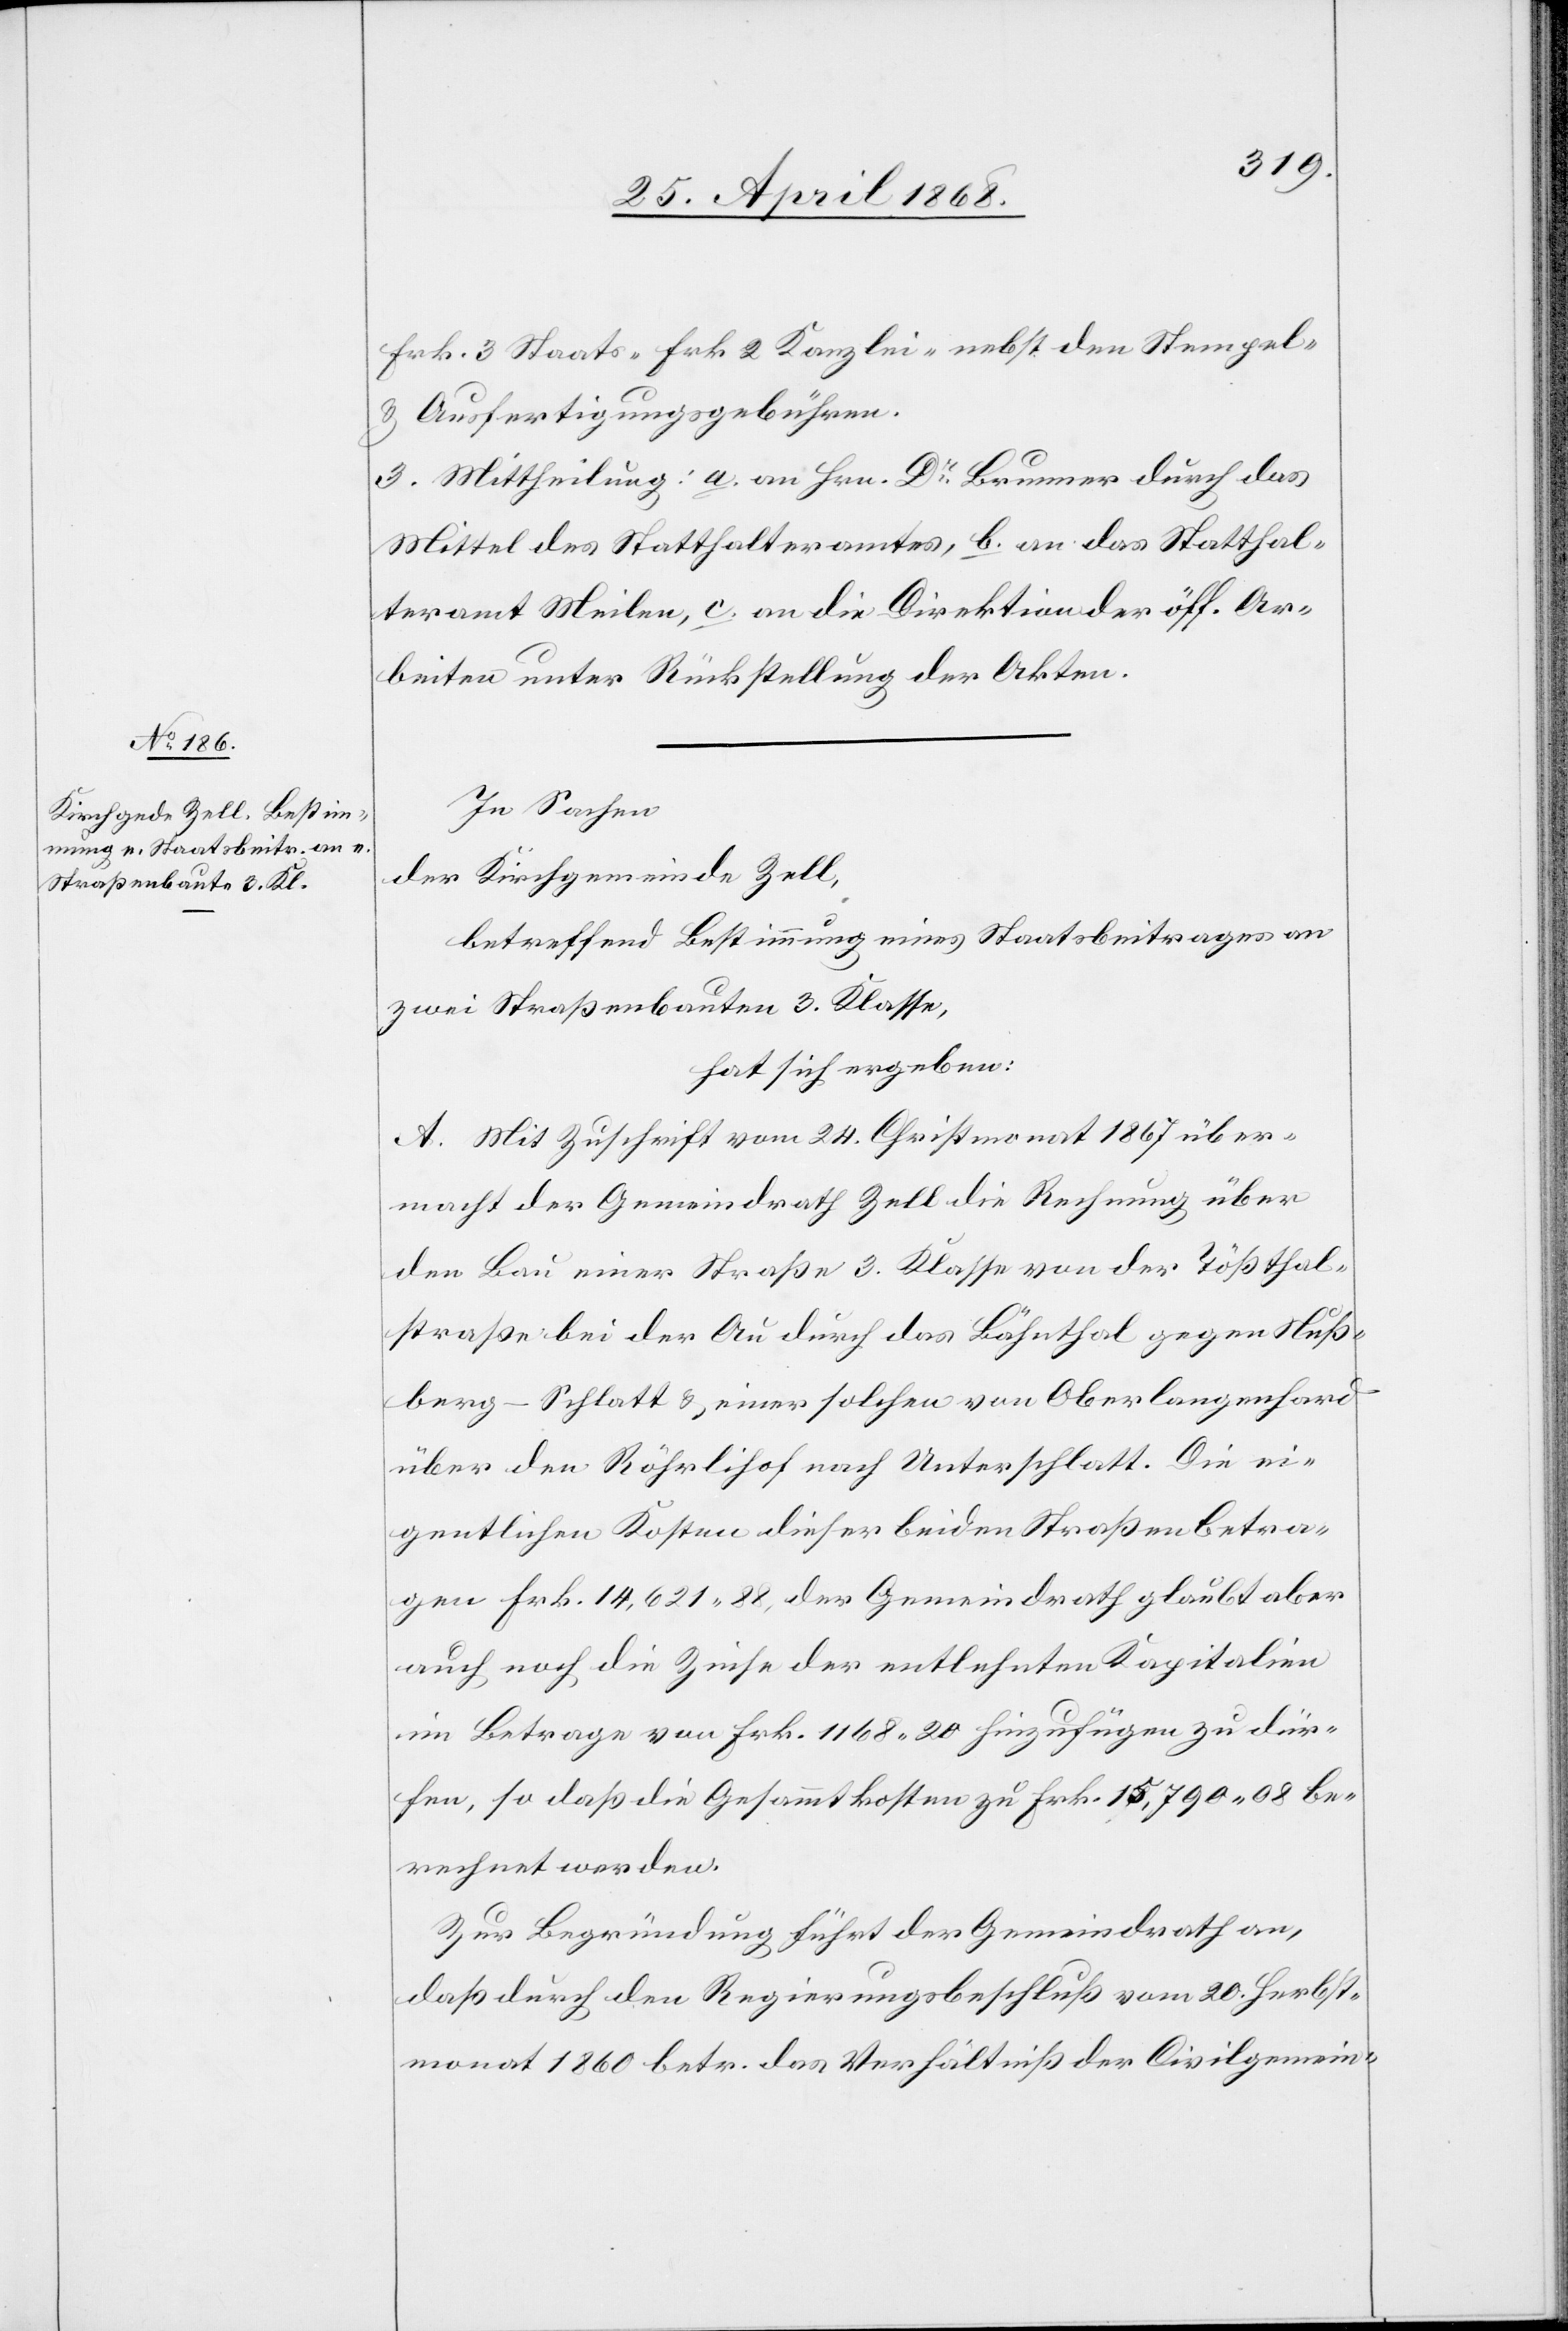
Frk. 3 Staats-[,] Frk 2 Kanzlei-[,] nebst den Stempel-
& Ausfertigungsgebühren.
3. Mittheilung: a. an Hrn. Dr. Brunner durch das
Mittel des Statthalteramtes, b. an das Statthal¬
teramt Meilen, c. an die Direktion der öff. Ar¬
beiten unter Rückstellung der Akten.
In Sachen
der Kirchgemeinde Zell,
betreffend Bestimmung eines Staatsbeitrages an
zwei Straßenbauten 3. Klasse,
hat sich ergeben:
A. Mit Zuschrift vom 24. Christmonat 1867 über¬
macht der Gemeindrath Zell die Rechnung über
den Bau einer Straße 3. Klasse von der Tößthal¬
straße bei der Au durch das Bähnthal gegen Nuß¬
berg-Schlatt & einer solchen von Oberlangenhard
über den Röhrlihof nach Unterschlatt. Die ei¬
gentlichen Kosten dieser beiden Straßen betra¬
gen Frk. 14,621. 88, der Gemeindrath glaubt aber
auch noch die Zinse der entlehnten Kapitalien
im Betrage von Frk. 1168. 20 hinzufügen zu dür¬
fen, so daß die Gesammtkosten zu Frk. 15,790. 08 be¬
rechnet werden.
Zur Begründung führt der Gemeindrath an,
daß durch den Regierungsbeschluß vom 20. Herbst¬
monat 1860 betr. das Verhältniß der Civilgemein-